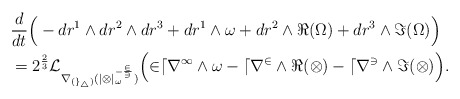
\begin{align*}\begin{aligned} &\frac{d}{dt} \Big( -dr^1 \wedge dr^2 \wedge dr^3 + dr^1 \wedge \omega + dr^2 \wedge \Re (\Omega) + dr^3 \wedge \Im (\Omega) \Big) \\ &= 2^{\frac{2}{3}} \cal{L}_{\nabla_{(g_4)} (|\Omega|_\omega^{-\frac{2}{3}})} \Big( 2dr^1 \wedge \omega - dr^2 \wedge \Re (\Omega) - dr^3 \wedge \Im (\Omega) \Big).\end{aligned}\end{align*}